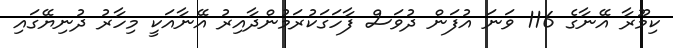
ކިމޫރާ އޭނާގެ 116 ވަނަ އުފަން ދުވަސް ފާހަގަކުރަމުންދާއިރު އޭނާއަކީ މިހާރު ދުނިޔޭގައި